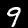
Label: 9